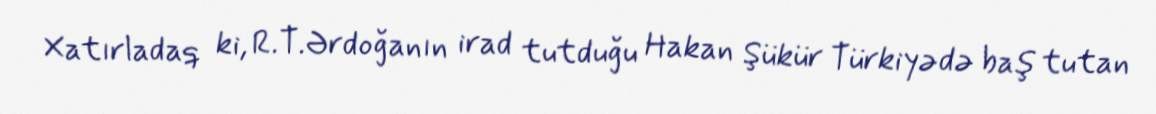
Xatırladaq ki, R.T.Ərdoğanın irad tutduğu Hakan Şükür Türkiyədə baş tutan